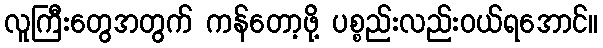
လူကြီးတွေအတွက် ကန်တော့ဖို့ ပစ္စည်းလည်းဝယ်ရအောင်။